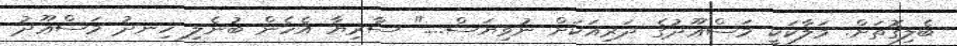
ބެލިގޮތަށް. މަލާކަކީ މަސްޢޫދުގެ ދަރިއަކަށް ނުވިޔަސް...." ސާރިޔާ އެހެން ބުނެލި ހިނދު މަސްޢޫދު